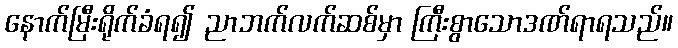
နောက်မြီးရိုက်ခံရ၍ ညာဘက်လက်ဆစ်မှာ ကြီးစွာသောဒဏ်ရာရသည်။